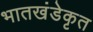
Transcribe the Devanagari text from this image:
भातखंडेकृत